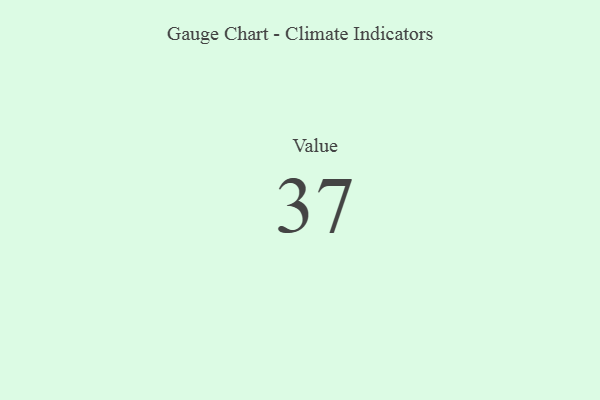
{"axis": {"x": "Metric", "y": "Value"}, "legend": [""], "data": [{"x": "Value", "y": 37, "type": ""}]}